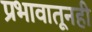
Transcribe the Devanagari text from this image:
प्रभावातूनही